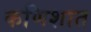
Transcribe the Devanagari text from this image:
कणिशात